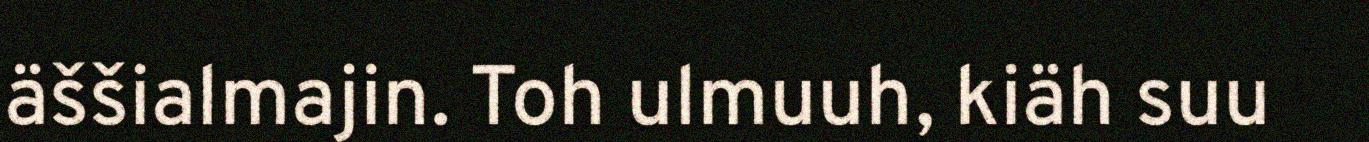
äššialmajin. Toh ulmuuh, kiäh suu